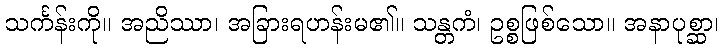
သင်္ကန်းကို။ အညိဿာ၊ အခြားရဟန်းမ၏။ သန္တကံ၊ ဥစ္စဖြစ်သော။ အနာပုစ္ဆာ၊